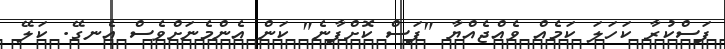
ފަސްކުރާ ކަހަލަ ކަމެއް ވެއްޖެއްޔާ "ފަސް ކޮށްފާނެ" ކަން އެންމެނަށްވެސް އެނގޭ. ކަލޭ